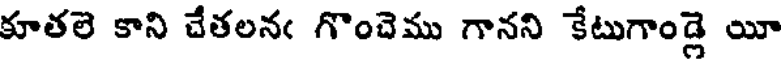
కూతలె కాని చేతలనఁ గొంచెము గానని కేటుగాండ్లె యీ